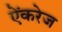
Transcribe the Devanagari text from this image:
ऐंकरेज